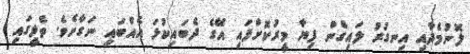
ލޮނުމެދާއި އިނގުރު ލައިގެން ފިޔާ މީރުކޮށްފައި އޭގެ ދެބައިކުޅަ އެއްބައި ނަގާށެވެ. ތެލީގައި